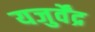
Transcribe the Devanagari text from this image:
यजुर्वेंद्र